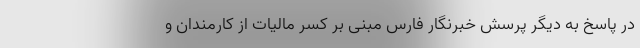
در پاسخ به دیگر پرسش خبرنگار فارس مبنی بر کسر مالیات از کارمندان و